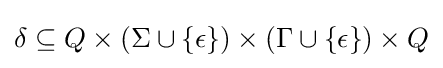
\delta \subseteq Q\times (\Sigma \cup \{\epsilon \})\times (\Gamma \cup \{\epsilon \})\times Q